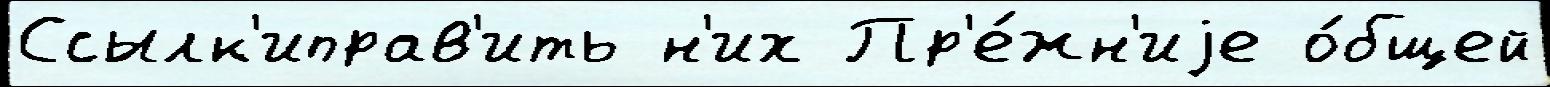
Ссылк'иправ'ить н'их Пр'е́жн'иjе о́бщей